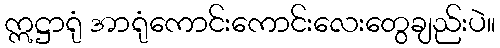
ဣဋ္ဌာရုံ အာရုံကောင်းကောင်းလေးတွေချည်းပဲ။